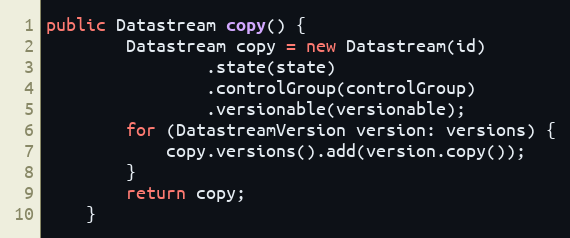
Language: Java
public Datastream copy() {
        Datastream copy = new Datastream(id)
                .state(state)
                .controlGroup(controlGroup)
                .versionable(versionable);
        for (DatastreamVersion version: versions) {
            copy.versions().add(version.copy());
        }
        return copy;
    }